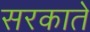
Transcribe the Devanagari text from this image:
सरकाते